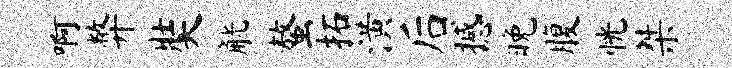
啊弊奘觥螯拓潢后撼晚腹恍桀